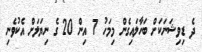
ދެ ޑިވިޝަނަކަށް ބަހާލައިގެން މިމަހު 7 އިން 20 ގެ ނިޔަލަށް އެކުވެނި